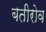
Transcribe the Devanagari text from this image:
बतीरोव